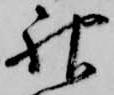
神